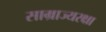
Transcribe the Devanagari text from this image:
साम्राज्यरक्षा